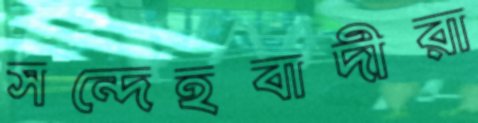
সন্দেহবাদীরা